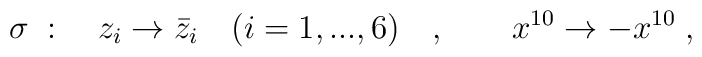
\sigma \; : \quad z_i\to \bar{z}_i\quad (i=1,...,6)\quad , \qquad x^{10}\to-x^{10}\; ,